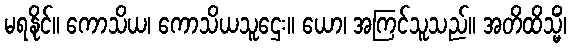
မရနိုင်။ ကောသိယ၊ ကောသိယသူဌေး။ ယော၊ အကြင်သူသည်။ အတိထိသ္မိံ၊